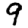
Digit: 9